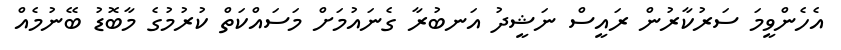
އެހެންވީމަ ސަރުކާރުން ރައީސް ނަޝީދު އަނބުރާ ގެނައުމަށް މަސައްކަތް ކުރުމުގެ މާބޮޑު ބޭނުމެއް